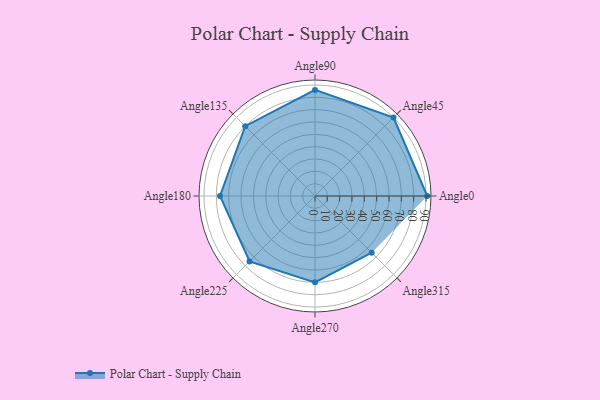
{"axis": {"x": "Angle", "y": "Radius"}, "legend": [""], "data": [{"x": "Angle0", "y": 91.0, "type": ""}, {"x": "Angle45", "y": 90.0, "type": ""}, {"x": "Angle90", "y": 86.0, "type": ""}, {"x": "Angle135", "y": 80.0, "type": ""}, {"x": "Angle180", "y": 77.0, "type": ""}, {"x": "Angle225", "y": 75.0, "type": ""}, {"x": "Angle270", "y": 70.0, "type": ""}, {"x": "Angle315", "y": 65.0, "type": ""}]}